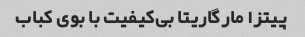
پیتزا مارگاریتا بی‌کیفیت با بوی کباب